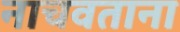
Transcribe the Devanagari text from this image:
नाचवताना